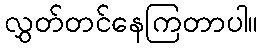
လွှတ်တင်နေကြတာပါ။